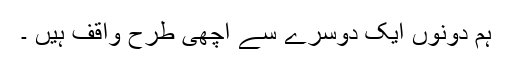
ہم دونوں ایک دوسرے سے اچھی طرح واقف ہیں ۔